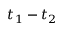
t _ { 1 } - t _ { 2 }